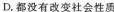
D.都没有改变社会性质